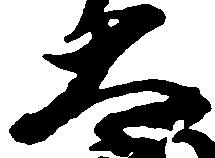
太